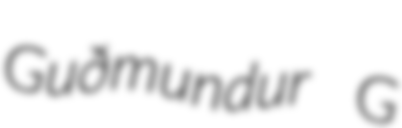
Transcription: Guðmundur G